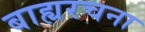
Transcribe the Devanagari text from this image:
बाह्यरचना